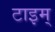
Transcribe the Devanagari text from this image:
टाइम्